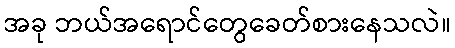
အခု ဘယ်အရောင်တွေခေတ်စားနေသလဲ။